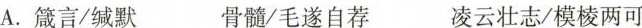
A.箴言/缄默 骨髓/毛遂自荐 凌云壮志/模棱两可